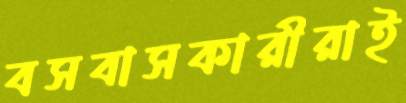
বসবাসকারীরাই